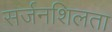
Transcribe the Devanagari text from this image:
सर्जनशिलता